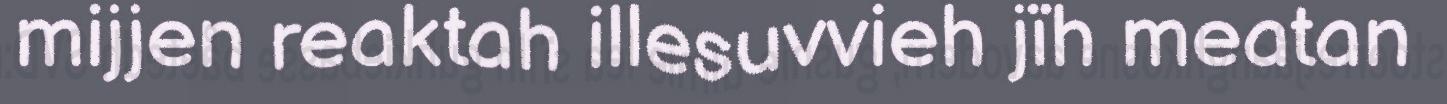
mijjen reaktah illesuvvieh jïh meatan